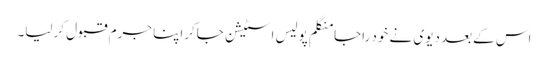
اس کےبعد دیوی نے خود راجا منگلم پولیس اسٹیشن جاکراپنا جرم قبول کرلیا۔